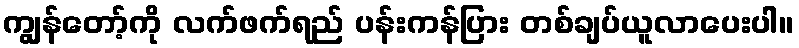
ကျွန်တော့်ကို လက်ဖက်ရည် ပန်းကန်ပြား တစ်ချပ်ယူလာပေးပါ။